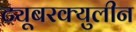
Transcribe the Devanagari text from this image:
ट्यूबरक्युलीन